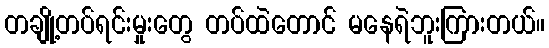
တချို့တပ်ရင်းမှုးတွေ တပ်ထဲတောင် မနေရဲဘူးကြားတယ်။